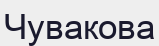
Чувакова